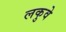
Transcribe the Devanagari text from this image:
लकुवे